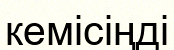
кемісіңді